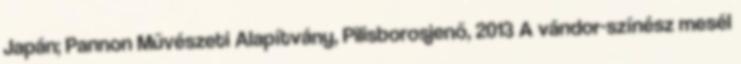
Japán; Pannon Művészeti Alapítvány, Pilisborosjenő, 2013 A vándor-színész mesél